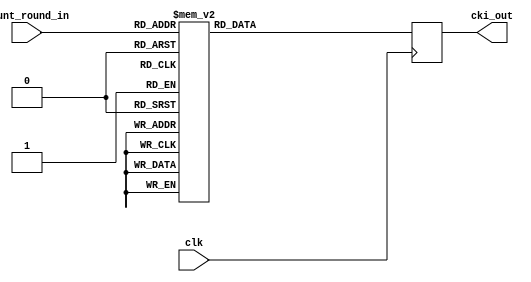
`timescale 1ns / 100ps
//////////////////////////////////////////////////////////////////////////////////
// Company: 
// 
// Design Name: 
// Module Name: get_cki
// Project Name: 
// Target Devices: 
// Tool Versions: 
// Description: 
// 
// Dependencies: 
// 
// Revision:
// Revision 0.01 - File Created
// Additional Comments:
// 
//////////////////////////////////////////////////////////////////////////////////
module get_cki	
	(
		clk,
    	count_round_in,
		cki_out
	);
				
input   clk;
input	[4 :0]	count_round_in;
output	[31:0]	cki_out;

reg [31 : 0] cki_out;
    
always@(posedge clk)
	case(count_round_in)
		5'b0_0000:	cki_out	<=	32'h00070e15;
		5'b0_0001:	cki_out	<=	32'h1c232a31;
		5'b0_0010:	cki_out	<=	32'h383f464d;
		5'b0_0011:	cki_out	<=	32'h545b6269;
		5'b0_0100:	cki_out	<=	32'h70777e85;
		5'b0_0101:	cki_out	<=	32'h8c939aa1;
		5'b0_0110:	cki_out	<=	32'ha8afb6bd;
		5'b0_0111:	cki_out	<=	32'hc4cbd2d9;
		5'b0_1000:	cki_out	<=	32'he0e7eef5;
		5'b0_1001:	cki_out	<=	32'hfc030a11;
		5'b0_1010:	cki_out	<=	32'h181f262d;
		5'b0_1011:	cki_out	<=	32'h343b4249;
		5'b0_1100:	cki_out	<=	32'h50575e65;
		5'b0_1101:	cki_out	<=	32'h6c737a81;
		5'b0_1110:	cki_out	<=	32'h888f969d;
		5'b0_1111:	cki_out	<=	32'ha4abb2b9;
		5'b1_0000:	cki_out	<=	32'hc0c7ced5;
		5'b1_0001:	cki_out	<=	32'hdce3eaf1;
		5'b1_0010:	cki_out	<=	32'hf8ff060d;
		5'b1_0011:	cki_out	<=	32'h141b2229;
		5'b1_0100:	cki_out	<=	32'h30373e45;
		5'b1_0101:	cki_out	<=	32'h4c535a61;
		5'b1_0110:	cki_out	<=	32'h686f767d;
		5'b1_0111:	cki_out	<=	32'h848b9299;
		5'b1_1000:	cki_out	<=	32'ha0a7aeb5;
		5'b1_1001:	cki_out	<=	32'hbcc3cad1;
		5'b1_1010:	cki_out	<=	32'hd8dfe6ed;
		5'b1_1011:	cki_out	<=	32'hf4fb0209;
		5'b1_1100:	cki_out	<=	32'h10171e25;
		5'b1_1101:	cki_out	<=	32'h2c333a41;
		5'b1_1110:	cki_out	<=	32'h484f565d;
		5'b1_1111:	cki_out	<=	32'h646b7279;
		default:	cki_out	<=	32'h0;
	endcase

endmodule